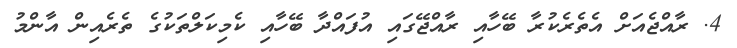
4. ރާއްޖެއަށް އެތެރެކުރާ ބޭހާއި ރާއްޖޭގައި އުފައްދާ ބޭހާއި ކެމިކަލްތަކުގެ ތެރެއިން އާންމު